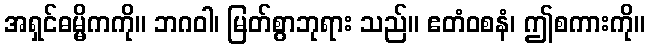
အရှင်ဓမ္မိကကို။ ဘဂဝါ၊ မြတ်စွာဘုရား သည်။ ဧတံဝစနံ၊ ဤစကားကို။